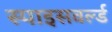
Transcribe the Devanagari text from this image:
स्पाइसवर्ल्ड